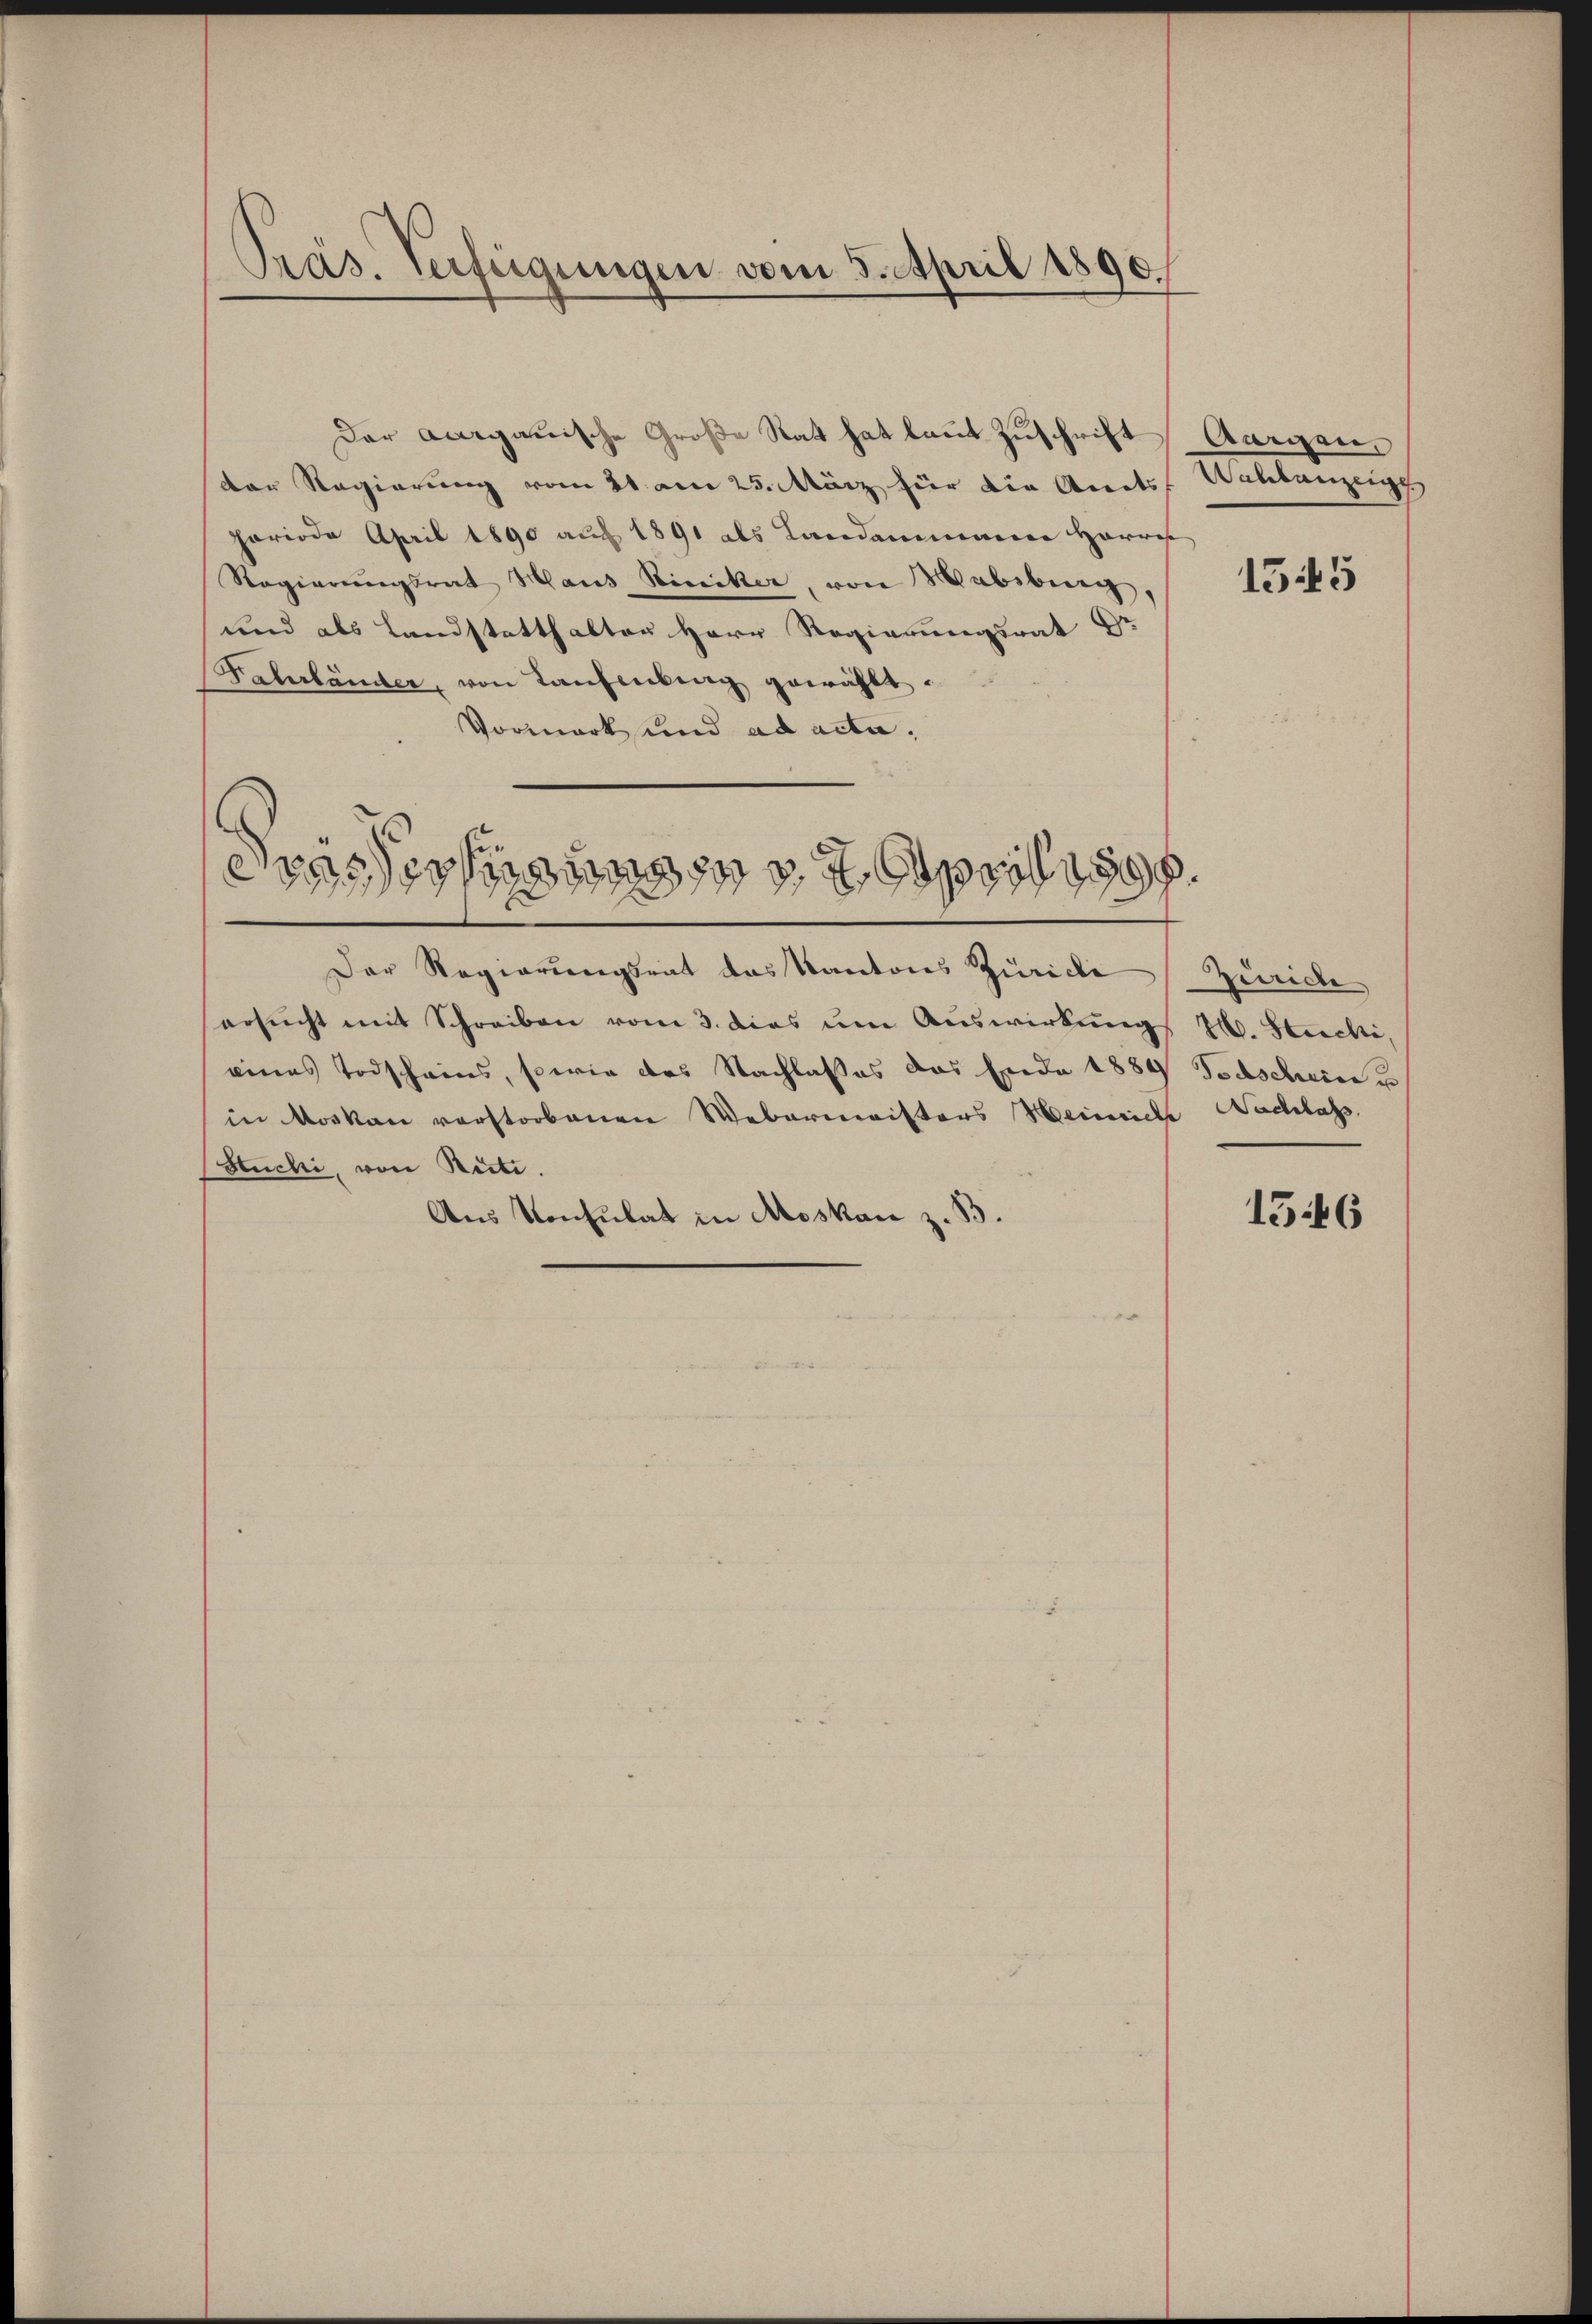
Präs. Verfügungen vom 3. April 1890.

Der Aargauische Große Statt hat laut Zuschrift Aargen
der Regierung vom 21. am 25. März für die Amts Wahlanzeige
periode April 1890 auf 1891 als Landammann Herres
Regierungsrat Haus Winiker, von Habsburg,
und als Landstatthalten Herr Regierungsrat Dr
Fahrländer, von Laufenkung gewählt.
Vormark und ad acta.
drassertigungen, di
Der Regierungsrat das Kantons Zürich
ersŭcht mit Schreiben vom 3. dies um Auswirkung 2. Stucki,
eines Todscheins, sowie des Nachlasses das Ende 1884 Todschein u
in Moskau verstorbenen Webermeisters Weinach Nachlass.
Stucki, von Rüti.
Aus Konsulat in Moskau z. B.

1545

Zeride

1546